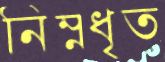
নিম্নধৃত